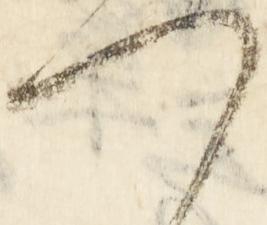
つ